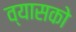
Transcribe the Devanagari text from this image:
व्यासको